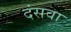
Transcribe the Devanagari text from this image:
दंसवा